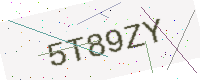
Text: 5T89ZY